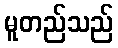
မူတည်သည်